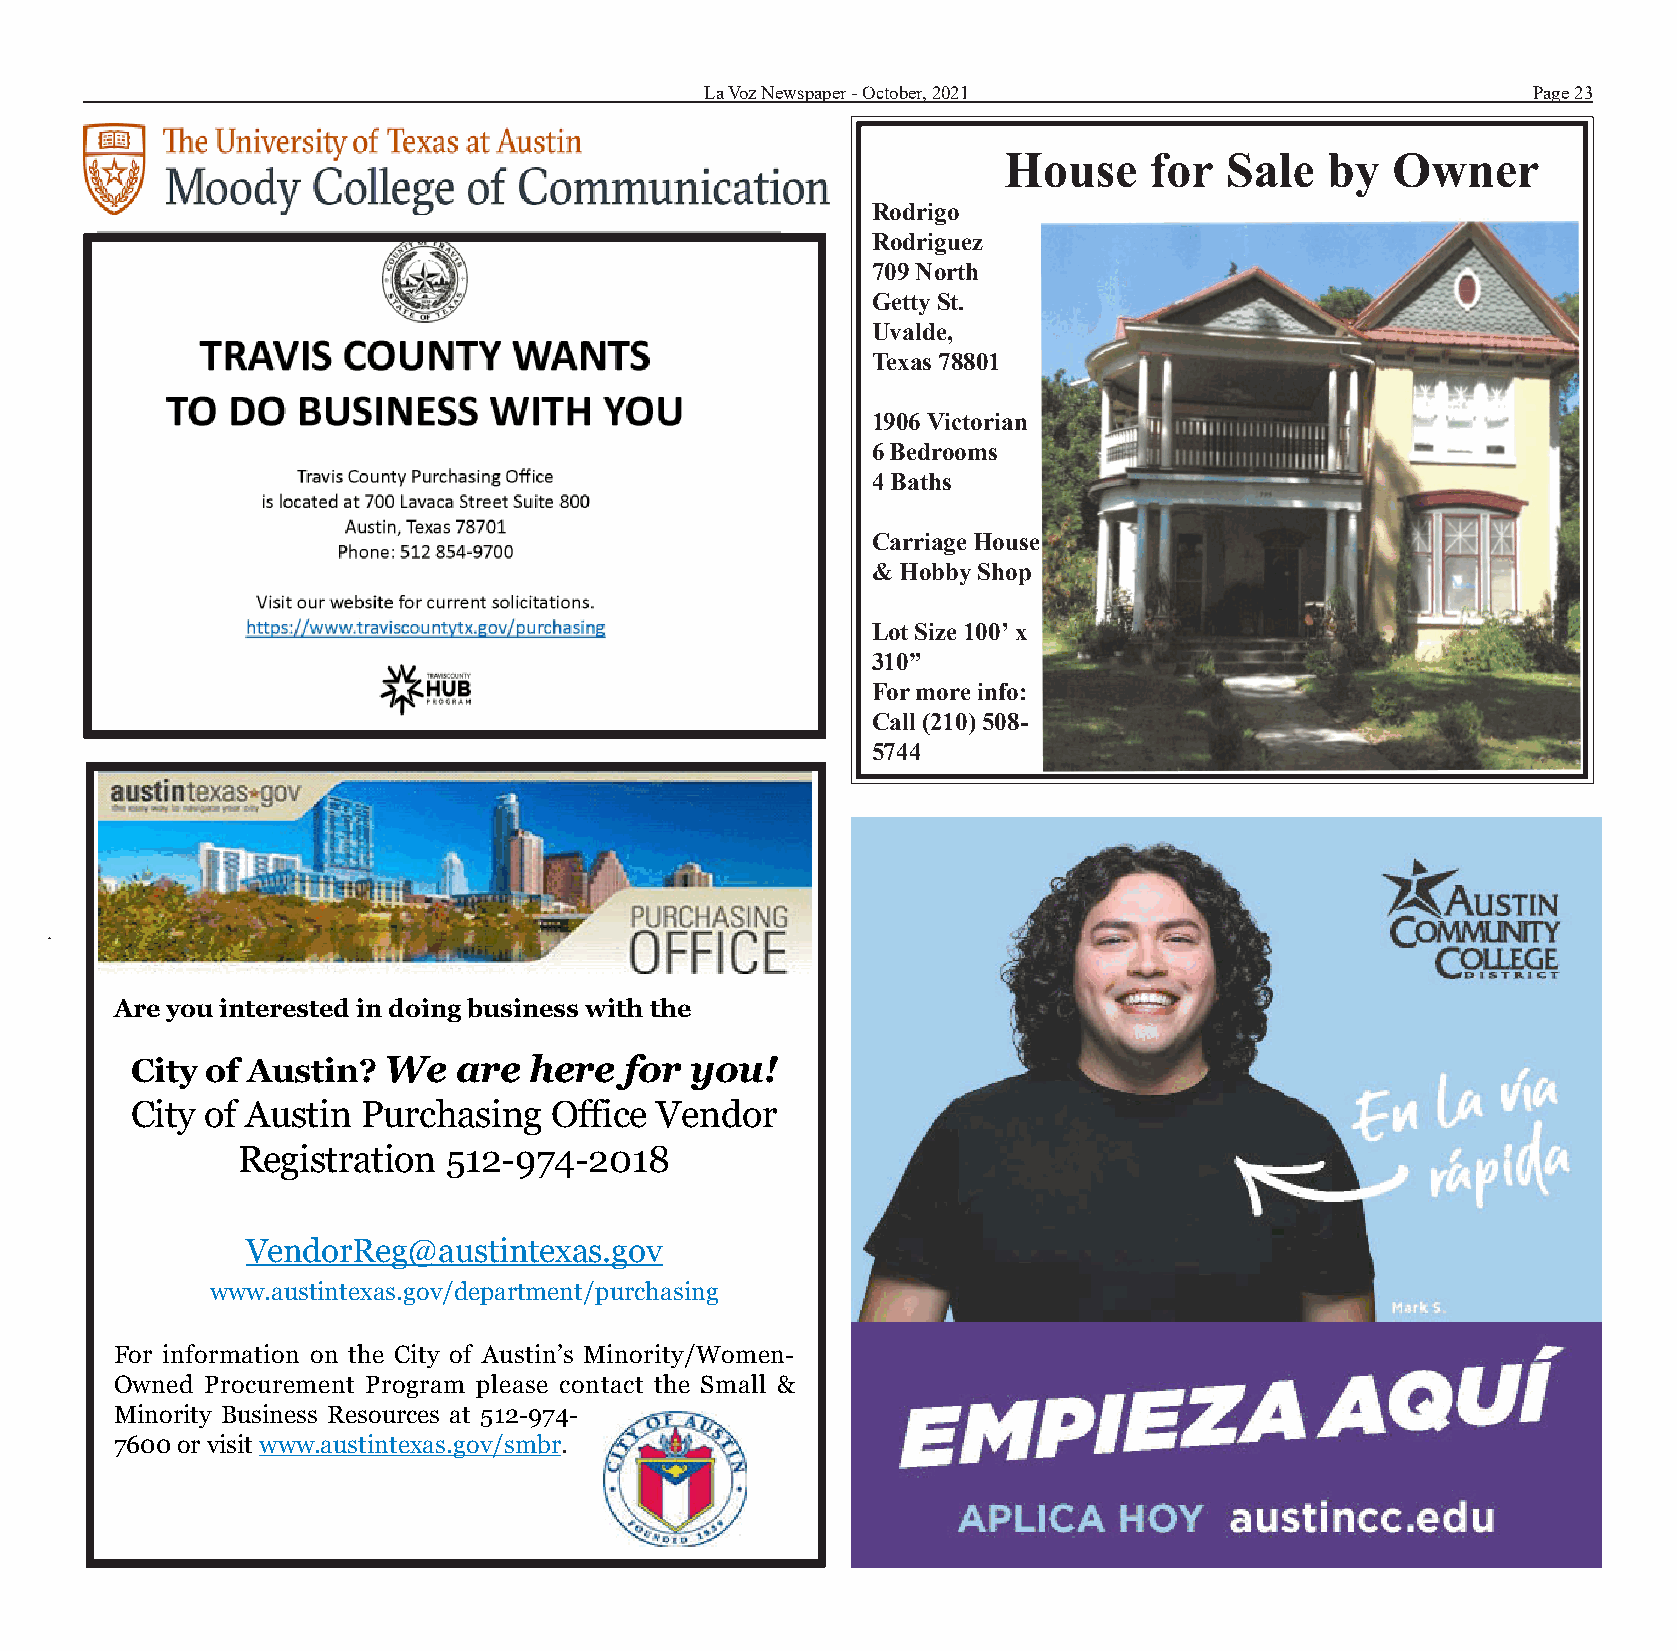
La Voz Newspaper - October, 2021                      Page 23
 House     for  Sale   by  Owner
 Rodrigo
 Rodriguez
 709 North
 Getty St.
 Uvalde,
 Texas 78801
 1906 Victorian
 6 Bedrooms
 4 Baths
 Carriage House
 & Hobby Shop
 Lot Size 100’ x
 310”
 For more info:
 Call (210) 508-
 5744
 Are you interested in doing business with the
 City of Austin? We   are  here  for  you!
 City of Austin Purchasing   Office Vendor
 Registration  512-974-2018
 VendorReg@austintexas.gov
 www.austintexas.gov/department/purchasing
 For information on the City of Austin’s Minority/Women-
 Owned Procurement Program please contact the Small &
 Minority Business Resources at 512-974-
 7600 or visit www.austintexas.gov/smbr.